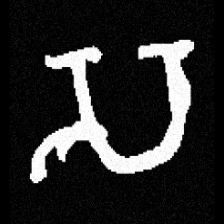
Pyu character \u2014 Myanmar letter: သ (romanized: sa)